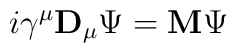
i\gamma^\mu {\bf D}_\mu \Psi = {\bf M} \Psi